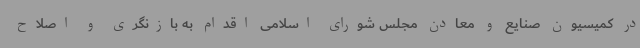
در کمیسیون صنایع و معادن مجلس شورای اسلامی اقدام به بازنگری و اصلاح